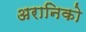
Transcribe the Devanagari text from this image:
अरानिको